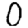
Digit: 0